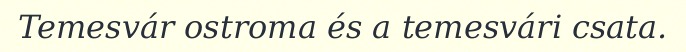
Temesvár ostroma és a temesvári csata.